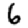
Digit: 6